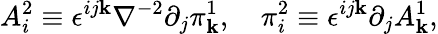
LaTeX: A_{i}^{2}\equiv\epsilon^{ij\mathbf{k}}\nabla^{-2}\partial_{j}\pi_{\mathbf{k}}^{1},\quad\pi_{i}^{2}\equiv\epsilon^{ij\mathbf{k}}\partial_{j}A_{\mathbf{k}}^{1},